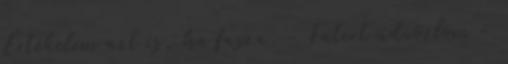
Értékelem azt is, ha fasza. - Fatert üdvözlöm -